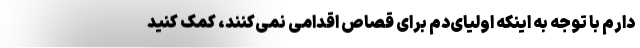
دارم با توجه به اینکه اولیای‌دم برای قصاص اقدامی نمی‌کنند، کمک کنید